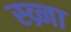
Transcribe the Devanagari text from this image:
स्व्र्ना